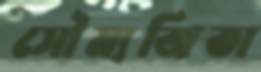
সৌম্যজিতা